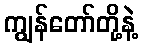
ကျွန်တော်တို့နဲ့